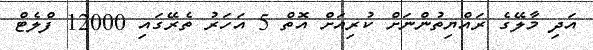
އަދި މާލޭގެ ރައްޔިތުންނަށް ކުރިއަށް އޮތް 5 އަހަރު ތެރޭގައި 12000 ފްލެޓް